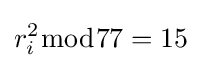
r_{i}^{2}{\bmod {77}}=15